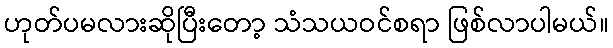
ဟုတ်ပမလားဆိုပြီးတော့ သံသယဝင်စရာ ဖြစ်လာပါမယ်။